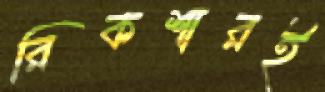
রিকশারই